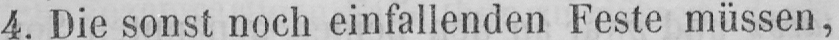
4. Die sonst noch einfallenden Feste müssen,